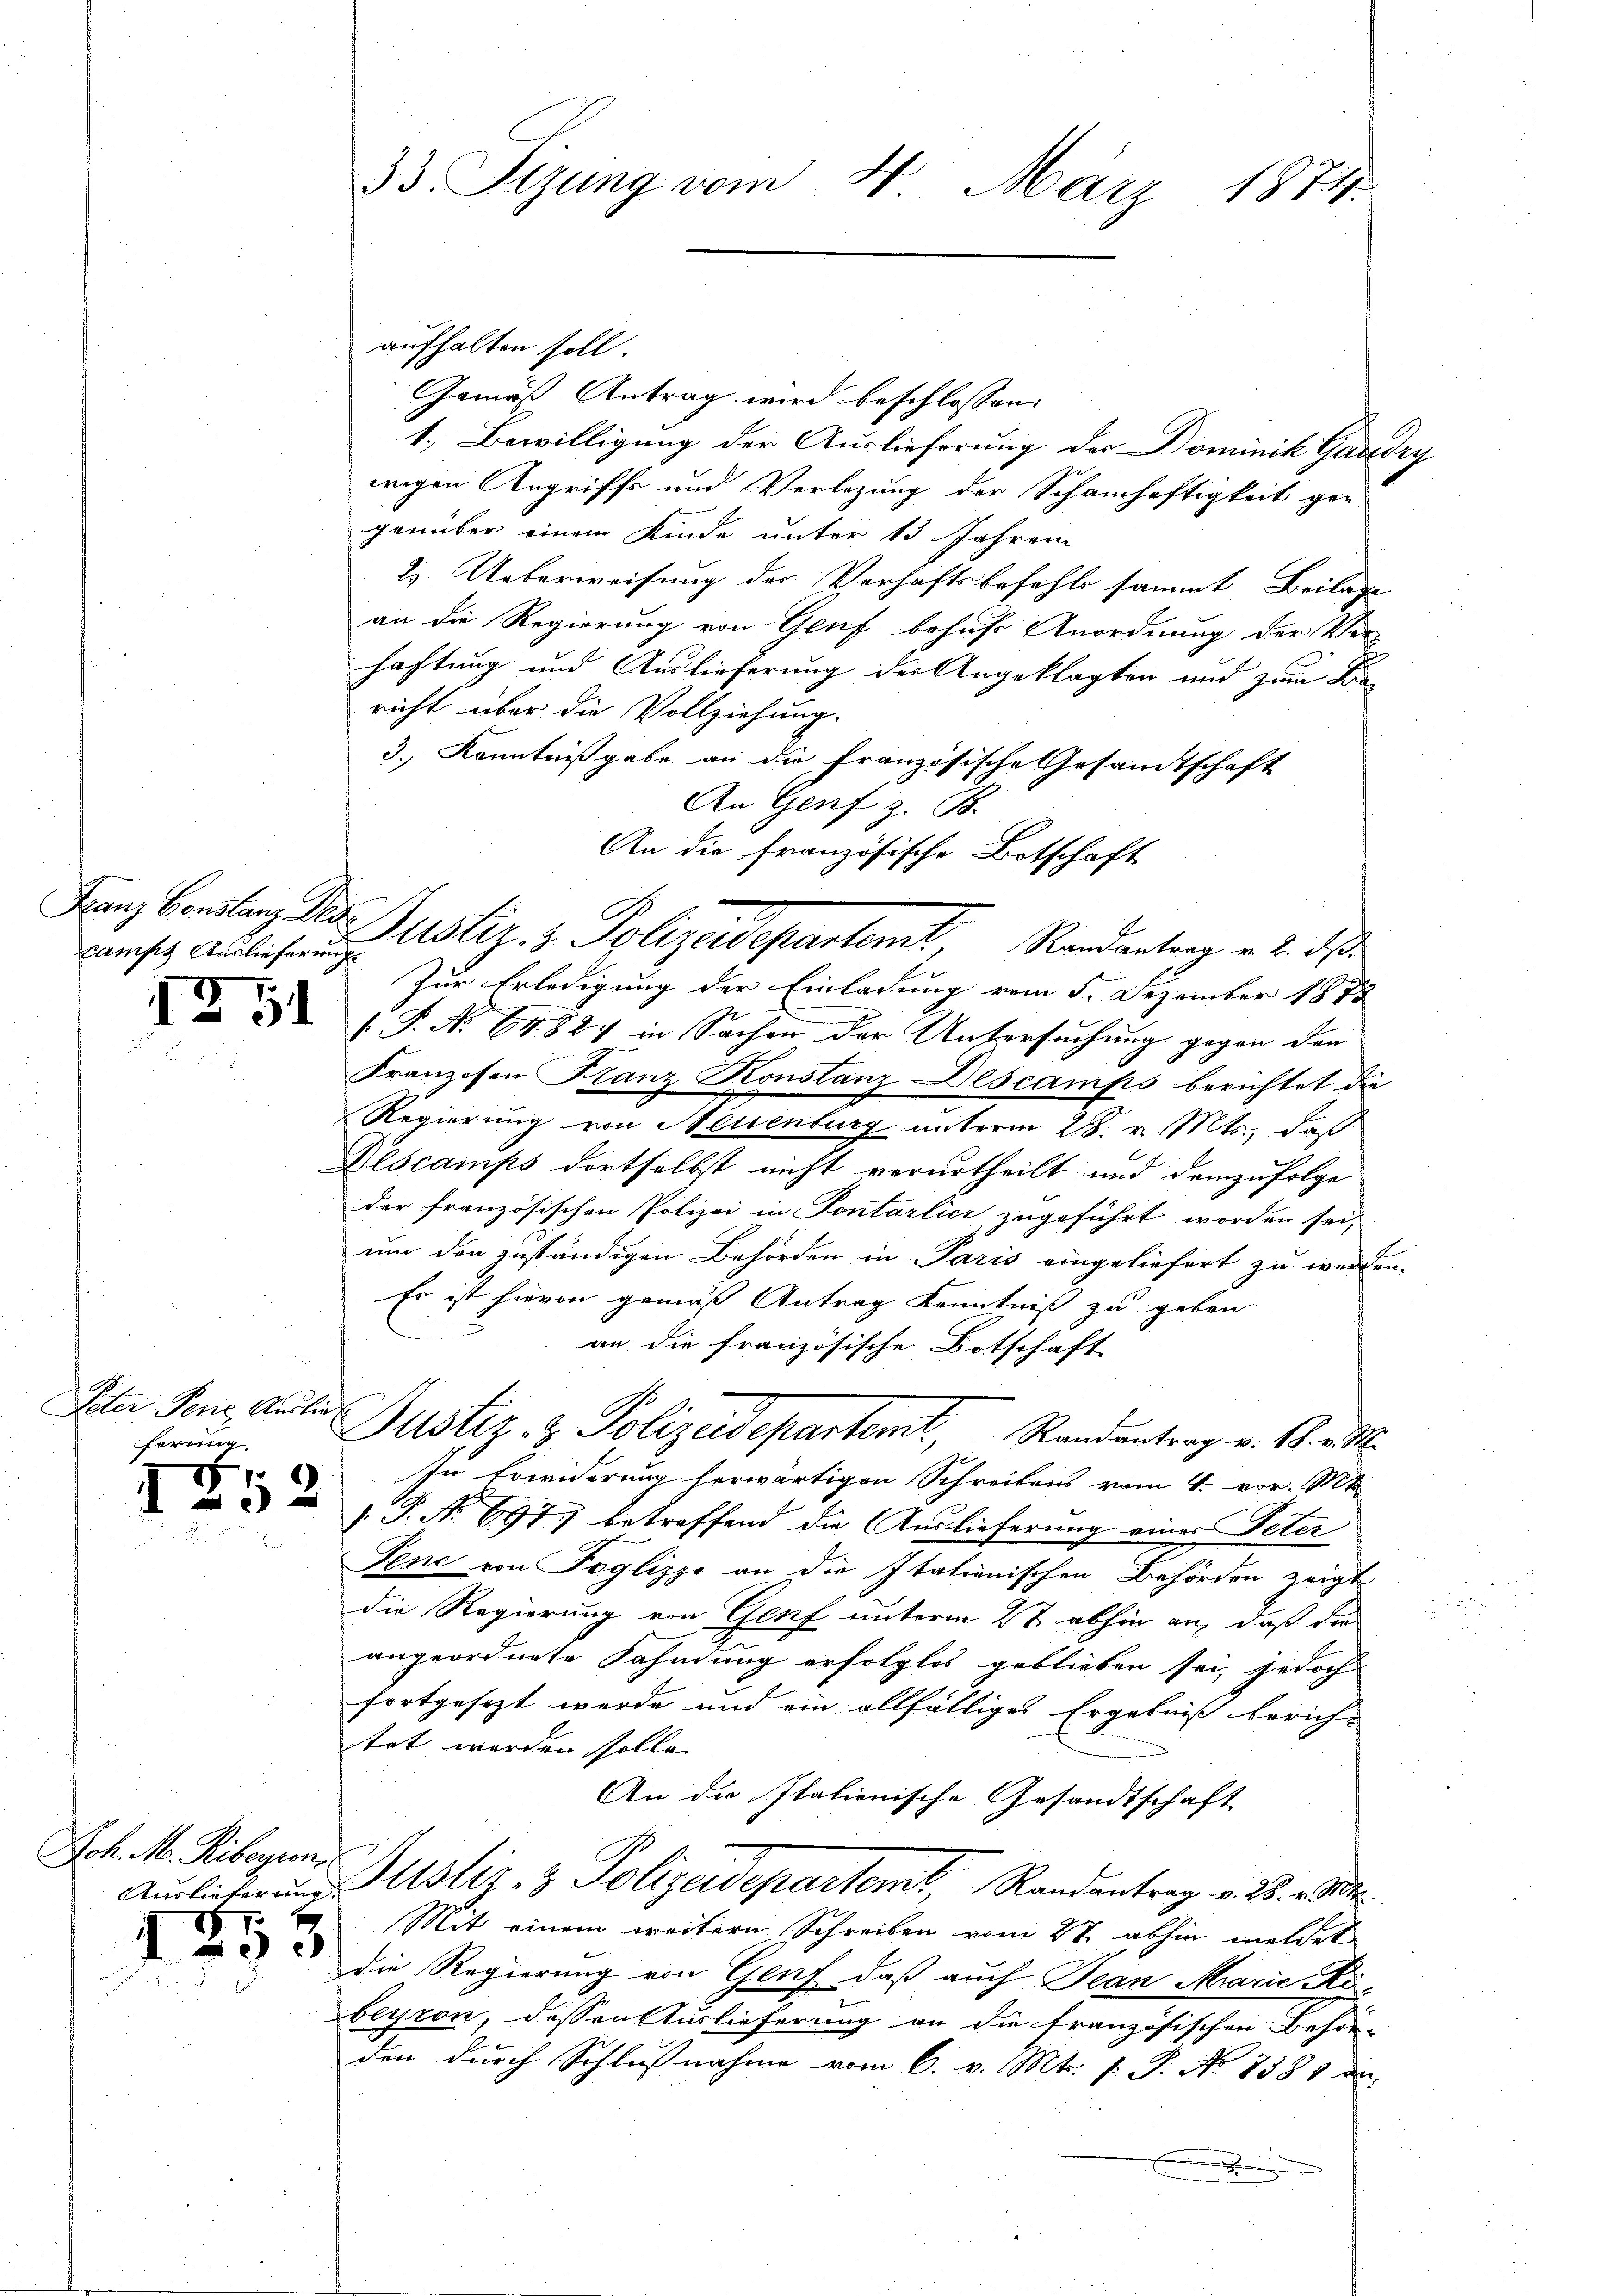
camps Auslieferung.

1

Veter Penz Andlin
herung.

534

.
2

Joh. M. Riberien,

1855

.
33. Sizung vom 8. März 1874.

aufhalten soll.
Gemäß Antrag wird beschlossen: |
1. Bewilligung der Auslieferung der Dominik Gaudry
wegen Angriffs und Verlegung der Schamhaftigkeit ge-
genüber einem Kinde unter 13 Jahren
2. Ueberweisung der Verhaftsbefehls sammt Beilage
an die Regierung von Genf behuf Anordnung der Ver-
faftung und Auslieferung der Angeklagten und zum Die
richt über die Vollziehung.
3.) Kenntnißgabe an die französische Gesandtschaft
An Genf z. B.
An die französische Botschaft
Zur Erledigung der Einladung vom 5. Dezember 1878
[.P. No 6488) in Sachen der Untersuchung gegen den
Franzosen Franz Konstanz Bescamps berichtet die
Regierung von Neuenburg unterm 28. v. Mts., daß
Dlscamps dortselbst nicht verurtheilt und demzufolge
der französischen Polizei in Sontarlier zugeführt worden sei,
um den zuständigen Behörden in Paris eingeliefert zu werden.
Es ist hievon gemäss Antrag Kenntniß zu geben

an die französische Botschaft
Justiz- & Polizeidepartemt, Randantrag v. M. v. M.
In Erwiderung herwärtigen Schreibens vom 4. vor. Mt
. P. No 697) betreffend die Auslieferung einer Peter
Tene von Toglizzo an die Italienischen Behörden zeigt
die Regierung von Genf unterm 2t abhin an, daß die
angeordnete Fahndung erfolglos geblieben sei, jedoch
fortgesezt werde und ein allfälliges Ergebniss berich- |
tet werden solle.
An die Italienische Gesandtschaft
Aŭrlieferŭng Astiz- & Polizeidepartemt, Randantrag v. 28. v. M.
Mit einem weitern Schreiben vom 27. abhin meldet
die Regierung von Genf, daß auch Jean Marie Kö-
beyron, dessen Auslieferung an die französischen Behör-
den durch Schlußnahme vom 6. v. Mts. s. S. No 8381 de

Franz benstanz des Justiz- & Polizeidepartemt, Randantrag u. 2. ds